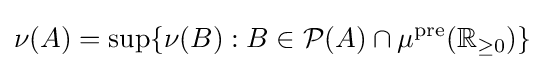
\nu (A)=\sup\{\nu (B):B\in {\cal {P}}(A)\cap \mu ^{\operatorname {pre} }(\mathbb {R} _{\geq 0})\}